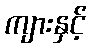
ကျားနှင့်